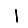
Digit: 1